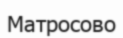
Матросово